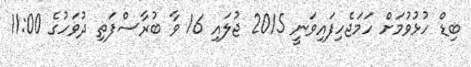
ބިޑް ހުޅުވުމަށް ހަމަޖެހިފައިވަނީ 2015 ޖުލައި 16 ވާ ބުރާސްފަތި ދުވަހުގެ 11:00